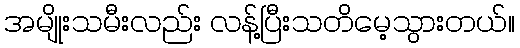
အမျိုးသမီးလည်း လန့်ပြီးသတိမေ့သွားတယ်။